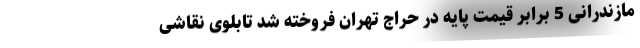
مازندرانی 5 برابر قیمت پایه در حراج تهران فروخته شد تابلوی نقاشی